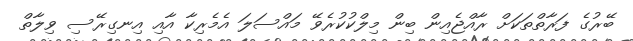
ބޭރުގެ ފަރާތްތަކަށް ރާއްޖެއިން ބިން މިލްކުކުރެވޭ މައްސަލަ އެމެރިކާ އާއި އިނގިރޭސި ވިލާތް